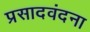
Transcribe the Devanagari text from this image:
प्रसादवंदना